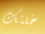
خلتك